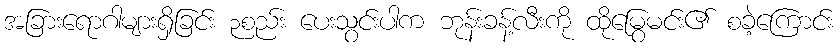
အခြားရောဂါများရှိခြင်း ၃စည်း ပေးသွင်းပါက ဘုန်းခန့်လီးကို ထိုမြွေမင်း၏ စခဲ့ကြောင်း